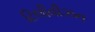
ટિલીવીઝન